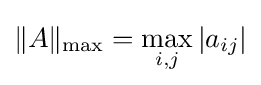
\|A\|_{\max }=\max _{i,j}|a_{ij}|